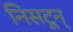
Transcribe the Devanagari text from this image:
निसटून्